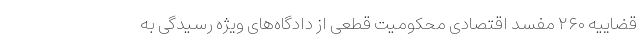
قضاییه ۲۶۰ مفسد اقتصادی محکومیت قطعی از دادگاه‌های ویژه رسیدگی به